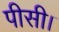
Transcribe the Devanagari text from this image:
पीसी।